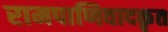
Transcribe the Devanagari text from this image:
रामपाणिवादकृत